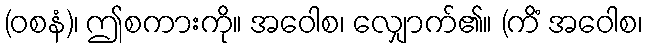
(ဝစနံ)၊ ဤစကားကို။ အဝေါစ၊ လျှောက်၏။ (ကိံ အဝေါစ၊